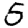
Digit: 5